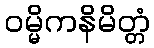
ဝမ္မိကနိမိတ္တံ